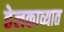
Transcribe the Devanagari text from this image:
हेलकाव्यात